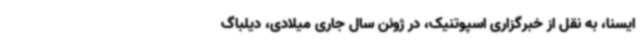
ایسنا، به نقل از خبرگزاری اسپوتنیک، در ژوئن سال جاری میلادی، دیلباگ